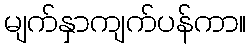
မျက်နှာကျက်ပန်ကာ။